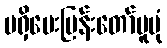
မရှိမေးမြန်းတော်မူပုံ